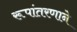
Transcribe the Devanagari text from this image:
रूपांतरणाने